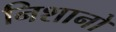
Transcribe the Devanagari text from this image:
निशानो